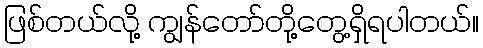
ဖြစ်တယ်လို့ ကျွန်တော်တို့တွေ့ရှိရပါတယ်။